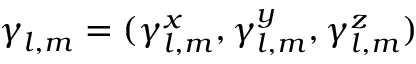
{ \boldsymbol \gamma } _ { l , m } = ( \gamma _ { l , m } ^ { x } , \gamma _ { l , m } ^ { y } , \gamma _ { l , m } ^ { z } )